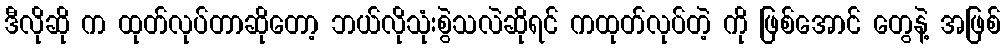
ဒီလိုဆို က ထုတ်လုပ်တာဆိုတော့ ဘယ်လိုသုံးစွဲသလဲဆိုရင် ကထုတ်လုပ်တဲ့ ကို ဖြစ်အောင် တွေနဲ့ အဖြစ်